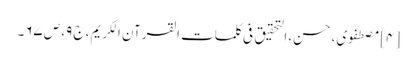
[۴] مصطفوی، حسن، التحقیق فی کلمات القرآن الکریم، ج ۹، ص ۶۷۔